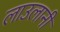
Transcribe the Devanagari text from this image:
लाउलानी